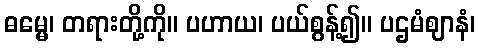
ဓမ္မေ၊ တရားတို့ကို။ ပဟာယ၊ ပယ်စွန့်၍။ ပဌမံဈာနံ၊